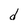
Character: d